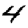
Digit: 4